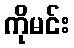
ကိုမင်း